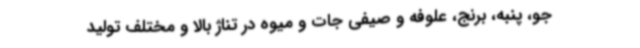
جو، پنبه، برنج، علوفه و صیفی جات و میوه در تناژ بالا و مختلف تولید